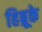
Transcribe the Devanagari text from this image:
हिब्रूके